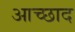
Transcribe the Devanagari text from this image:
आच्छाद